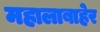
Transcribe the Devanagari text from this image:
महालाबाहेर